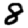
Digit: 8